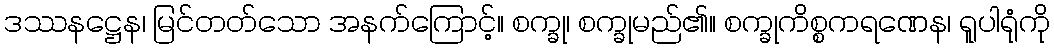
ဒဿနဋ္ဌေန၊ မြင်တတ်သော အနက်ကြောင့်။ စက္ခု၊ စက္ခုမည်၏။ စက္ခုကိစ္စကရဏေန၊ ရူပါရုံကို